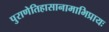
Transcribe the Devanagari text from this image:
पुराणेतिहासानामाभिप्रायः